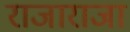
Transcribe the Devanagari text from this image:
राजाराजा